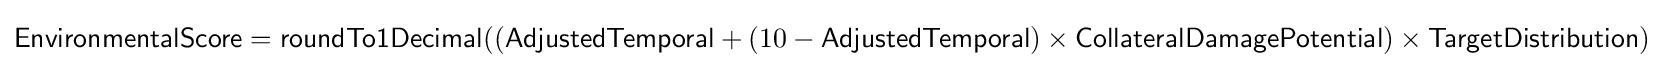
{\textsf {EnvironmentalScore}}={\textsf {roundTo1Decimal}}(({\textsf {AdjustedTemporal}}+(10-{\textsf {AdjustedTemporal}})\times {\textsf {CollateralDamagePotential}})\times {\textsf {TargetDistribution}})